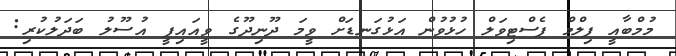
މުމްބާއީ ފިލްމް ފެސްޓިވަލް ހުޅުވުން އަޅުގަނޑަށް ވީމަ ދޫނިދޫގެ ވީއައިޕީ އުސޫލު ބަދަލުކުރި: